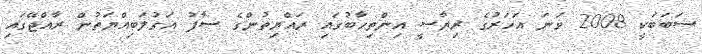
ސަބަބަކީ 2008 ވަނަ އަހަރުގެ ރިޔާސީ އިންތިހާބުގައި ރައްޔިތުންގެ ސާފު އަގުލަބިއްޔަތުން ރާއްޖޭގައި